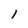
Character: 1